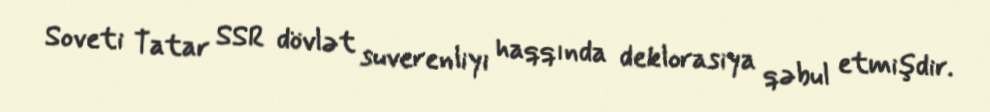
Soveti Tatar SSR dövlət suverenliyi haqqında deklorasiya qəbul etmişdir.